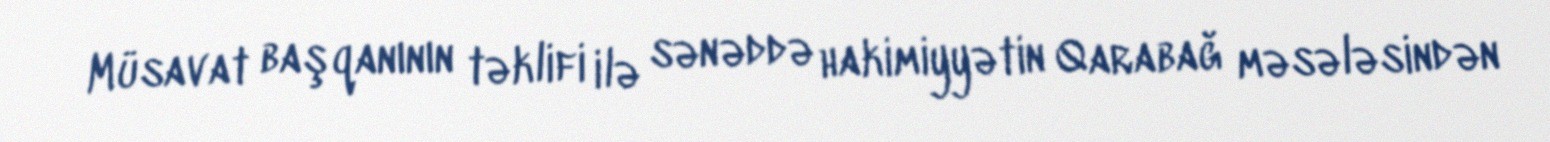
Müsavat başqanının təklifi ilə sənəddə hakimiyyətin Qarabağ məsələsindən